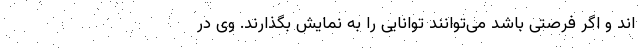
اند و اگر فرصتی باشد می‌توانند توانایی را به نمایش بگذارند. وی در